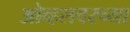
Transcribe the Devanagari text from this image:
ओव्हलवरच्या